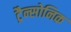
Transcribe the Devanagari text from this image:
ट्रैन्सोनिक